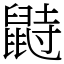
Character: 鼭